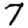
Digit: 7